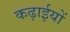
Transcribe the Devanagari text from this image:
कढ़ाईयों